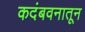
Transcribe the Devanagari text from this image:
कदंबवनातून